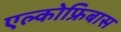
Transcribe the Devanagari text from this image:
एल्कोफ्रिबास